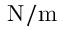
\mathrm { { N / m } }